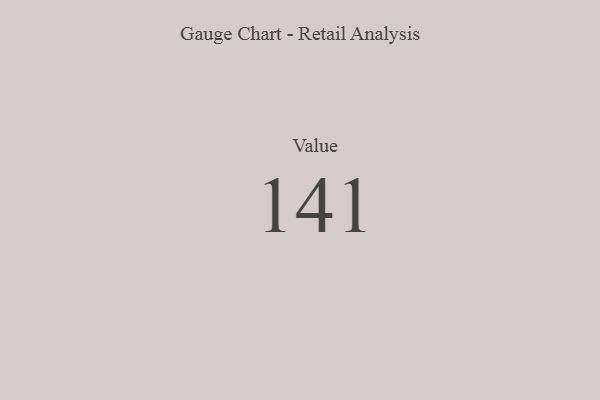
{"axis": {"x": "Metric", "y": "Value"}, "legend": [""], "data": [{"x": "Value", "y": 141, "type": ""}]}